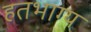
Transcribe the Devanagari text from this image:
हतभाग्य